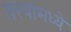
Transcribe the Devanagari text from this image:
तत्त्वांमध्ये